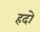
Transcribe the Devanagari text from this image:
हदो